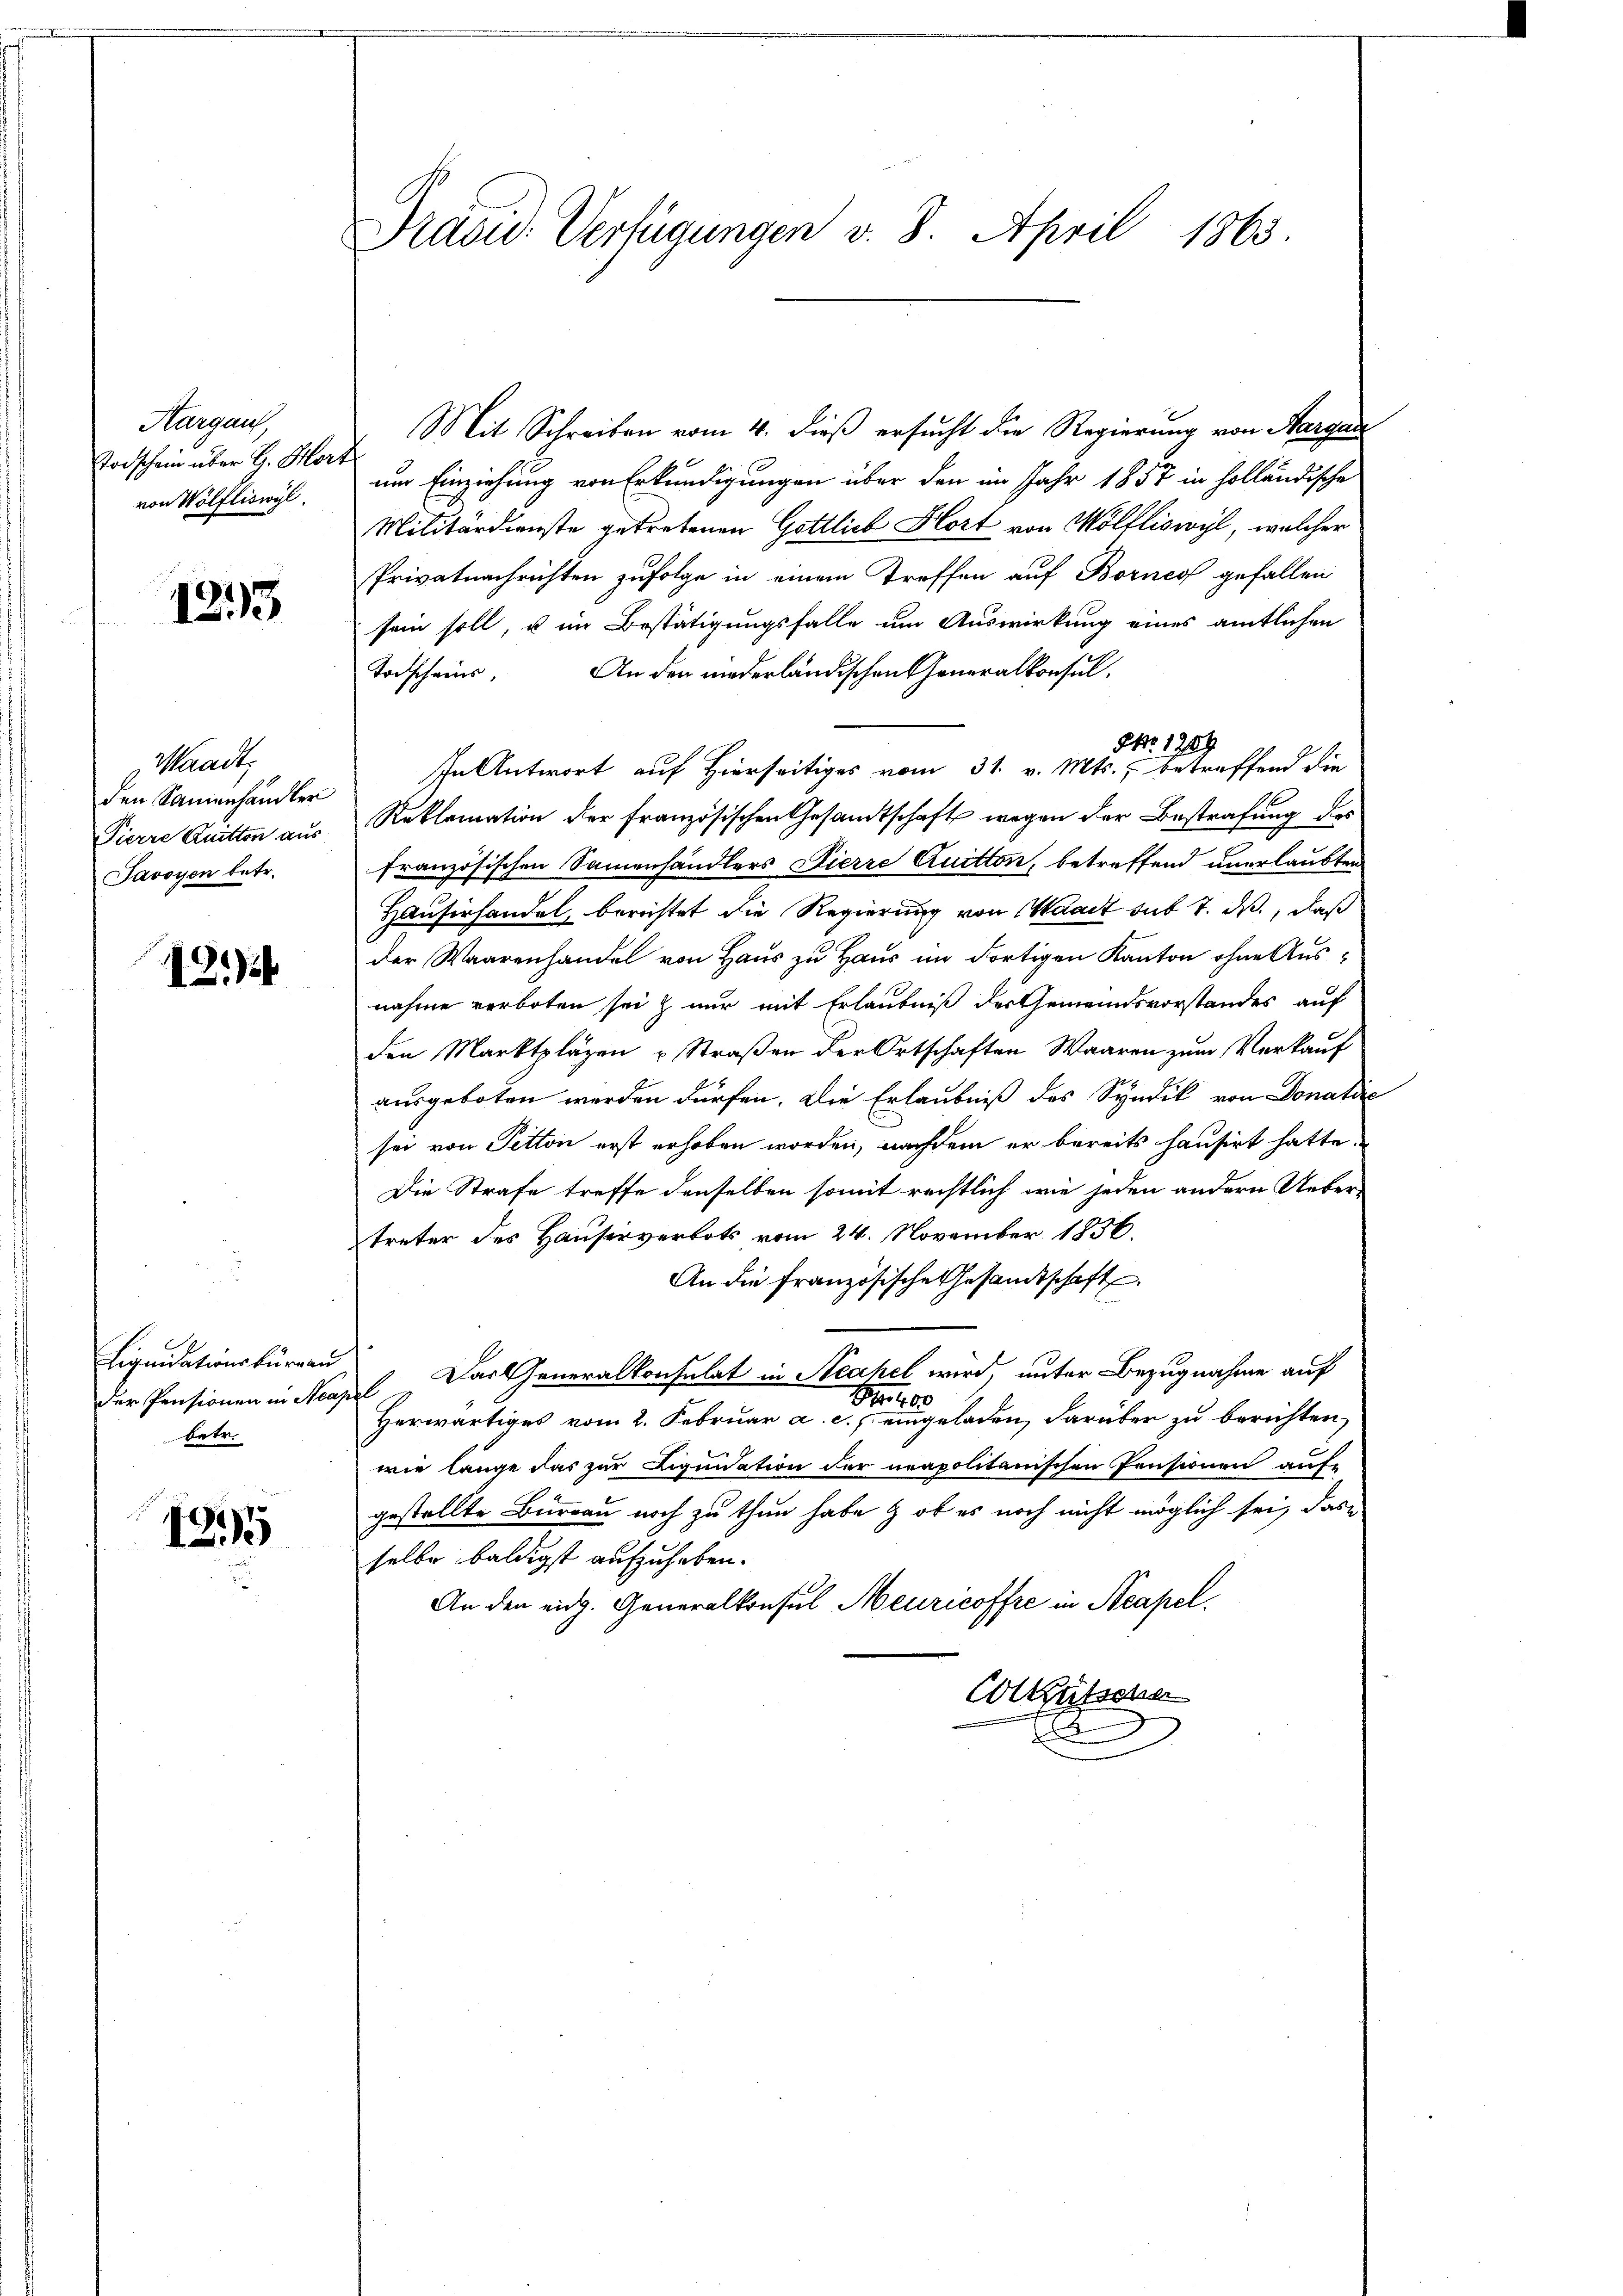
Aargau,
Todschein über G. Hort
von Wölfliswyl

1213

Waadt,
den Samenhändler
Pierre Quitten aus
Javoyen betr.

8.)

Liquidationsbüreau
der Pensionen in Aca,
betr.

125

Präsid. Verfügungen v. 8. April 1863.

Mit Schreiben vom 4. dieß ersucht die Regierung von Margau
um Einziehung von Erkundigungen über den im Jahr 1857 in holländische
Militärdienste getretenen Gottlich Hort von Wölfliswyl, welcher
Privatnachrichten zufolge in einem Treffen auf Bornes gefallen
sein soll, u im Bestätigungsfalle um Auswirkung eines amtlichen
An den niederländischen Generalkonsul¬
Toischeins,
NNo. 1289.
In Antwort auf Hierseitiges vom 31. v. Mts., betreffend die
Reklamation der französischen Gesandtschaft wegen der Bestrafung des
französischen Sammenhändlers Pierre Quitton, betreffend unerlaubten
Hausirhandel, berichtet die Regierung von Waadt sub 7. ds., daß
der Waarenhandel von Haus zu Haus im dortigen Kanton ohne Ausnahme verboten sei & nur mit Erlaubniß des Gemeindsvorstandes auf
den Marktpläzen u Straßen der Ortschaften Waaren zum Verkauf
ausgeboten werden dürfen. Die Erlaubniß des Syndik von Donatie
sei von Petton erst erhoben worden, nachdem er bereits hausirt hatte.
Die Strafe treffe denselben somit rechtlich wie jeden andern Uebertreter des Hausirverbots vom 24. November 1856.
An die Französische Gesamtschaft
 Das Generalkonsulat in Neahel wird, unter Bezugnahme auf
Nr. 10
Herwärtiges vom 2. Februar a. c. eingeladen, darüber zu berichten,
wie lange das zur Liquidation der neapolitanischen Pensionen aufe
gestellte Bureau noch zu thun habe & ob es noch nicht möglich sei, das
selbe baldigst aufzuheben.
An den eidg. Generalkonsul Meuricoffre in Neapel.
Cotkutscher
E